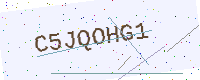
Text: C5JQOHG1